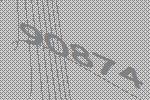
90874